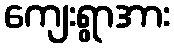
ကျေးရွာအား